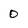
Character: 0